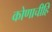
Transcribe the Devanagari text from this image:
कोणाचीहि